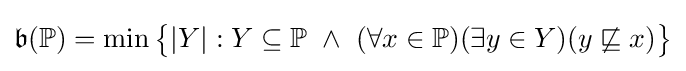
{\mathfrak {b}}(\mathbb {P} )=\min {\big \{}|Y|:Y\subseteq \mathbb {P} \ \wedge \ (\forall x\in \mathbb {P} )(\exists y\in Y)(y\not \sqsubseteq x){\big \}}